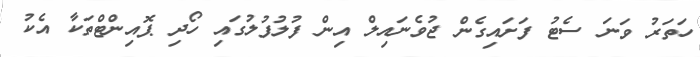
ހަތަރު ވަނަ ސެޓު ފަށައިގެން ޖުވެނައިލް އިން ފުލުފުލުގައި ހޯދި ޕޮއިންޓްތަކާ އެކު